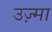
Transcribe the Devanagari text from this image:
उज़्मा